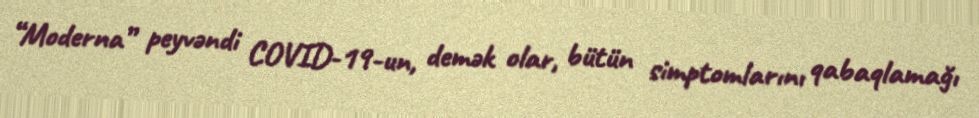
“Moderna” peyvəndi COVID-19-un, demək olar, bütün simptomlarını qabaqlamağı